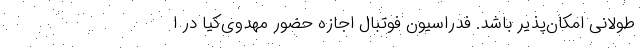
طولانی امکان‌پذیر باشد. فدراسیون فوتبال اجازه حضور مهدوی‌کیا در ا